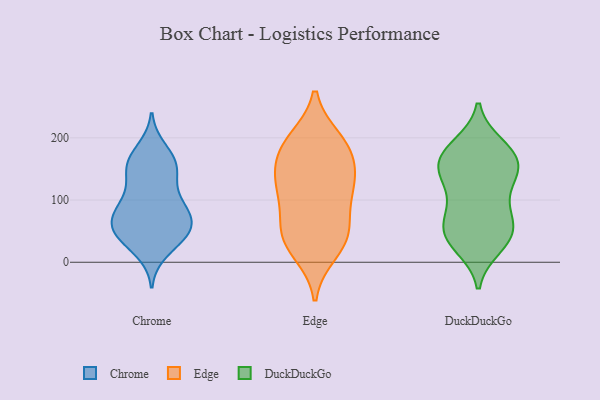
{"axis": {"x": "Operating Costs (USD K)", "y": "Value"}, "legend": ["Chrome", "DuckDuckGo", "Edge"], "data": [{"x": "", "y": 66, "type": "Chrome"}, {"x": "", "y": 181, "type": "Chrome"}, {"x": "", "y": 150, "type": "Chrome"}, {"x": "", "y": 155, "type": "Chrome"}, {"x": "", "y": 169, "type": "Chrome"}, {"x": "", "y": 91, "type": "Chrome"}, {"x": "", "y": 53, "type": "Chrome"}, {"x": "", "y": 34, "type": "Chrome"}, {"x": "", "y": 85, "type": "Chrome"}, {"x": "", "y": 41, "type": "Chrome"}, {"x": "", "y": 94, "type": "Chrome"}, {"x": "", "y": 87, "type": "Chrome"}, {"x": "", "y": 157, "type": "Chrome"}, {"x": "", "y": 121, "type": "Chrome"}, {"x": "", "y": 18, "type": "Chrome"}, {"x": "", "y": 48, "type": "Chrome"}, {"x": "", "y": 144, "type": "Chrome"}, {"x": "", "y": 70, "type": "Chrome"}, {"x": "", "y": 49, "type": "Chrome"}, {"x": "", "y": 58, "type": "Chrome"}, {"x": "", "y": 48, "type": "Edge"}, {"x": "", "y": 190, "type": "Edge"}, {"x": "", "y": 145, "type": "Edge"}, {"x": "", "y": 117, "type": "Edge"}, {"x": "", "y": 175, "type": "Edge"}, {"x": "", "y": 52, "type": "Edge"}, {"x": "", "y": 115, "type": "Edge"}, {"x": "", "y": 184, "type": "Edge"}, {"x": "", "y": 107, "type": "Edge"}, {"x": "", "y": 32, "type": "Edge"}, {"x": "", "y": 49, "type": "Edge"}, {"x": "", "y": 17, "type": "Edge"}, {"x": "", "y": 196, "type": "Edge"}, {"x": "", "y": 136, "type": "Edge"}, {"x": "", "y": 183, "type": "DuckDuckGo"}, {"x": "", "y": 148, "type": "DuckDuckGo"}, {"x": "", "y": 92, "type": "DuckDuckGo"}, {"x": "", "y": 50, "type": "DuckDuckGo"}, {"x": "", "y": 50, "type": "DuckDuckGo"}, {"x": "", "y": 163, "type": "DuckDuckGo"}, {"x": "", "y": 25, "type": "DuckDuckGo"}, {"x": "", "y": 31, "type": "DuckDuckGo"}, {"x": "", "y": 151, "type": "DuckDuckGo"}, {"x": "", "y": 170, "type": "DuckDuckGo"}, {"x": "", "y": 78, "type": "DuckDuckGo"}, {"x": "", "y": 126, "type": "DuckDuckGo"}, {"x": "", "y": 79, "type": "DuckDuckGo"}, {"x": "", "y": 139, "type": "DuckDuckGo"}, {"x": "", "y": 188, "type": "DuckDuckGo"}, {"x": "", "y": 39, "type": "DuckDuckGo"}, {"x": "", "y": 178, "type": "DuckDuckGo"}, {"x": "", "y": 51, "type": "DuckDuckGo"}, {"x": "", "y": 139, "type": "DuckDuckGo"}]}